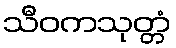
သီဝကသုတ္တံ